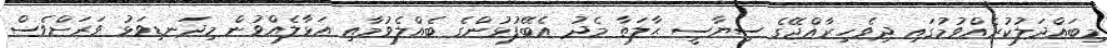
މިބައްދަލުކުރެއްވުމުގައި ދިވެހިރާއްޖޭގެ ސިޔާސީ ޙާލަތާ މެދު އެބޭފުޅުންގެ ބެއްލެވުމާއި އަޅާލެއްވުން މިދަނޑިވަޅު ވަރަށްވެސް